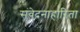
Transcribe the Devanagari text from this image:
संवेदनाहारिता